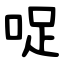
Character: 哫